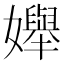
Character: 𡤒